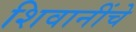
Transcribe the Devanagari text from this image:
शिवानींचे